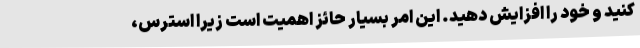
کنید و خود را افزایش دهید. این امر بسیار حائز اهمیت است زیرا استرس،